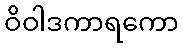
ဝိဝါဒကာရကော